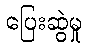
ပြေးဆွဲမှု